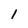
Character: 1